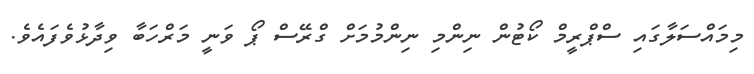
މިމައްސަލާގައި ސްޕްރީމް ކޯޓުން ނިންމި ނިންމުމަށް ގްރޭސް ޕޯ ވަނީ މަރްހަބާ ވިދާޅުވެފައެވެ.